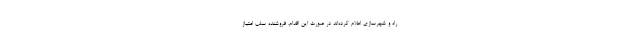
راه و شهرسازی اعلام کرده‌اند در صورت این اقدام، فروشنده سلب امتیاز